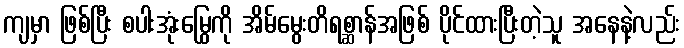
ကျမှာ ဖြစ်ပြီး စပါးအုံးမြွေကို အိမ်မွေးတိရစ္ဆာန်အဖြစ် ပိုင်ထားပြီးတဲ့သူ အနေနဲ့လည်း